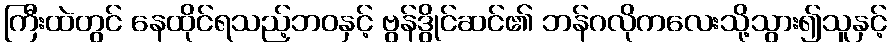
ကြီးထဲတွင် နေထိုင်ရသည့်ဘဝနှင့် ဗွန်ဒွိုင်ဆင်၏ ဘန်ဂလိုကလေးသို့သွား၍သူနှင့်